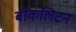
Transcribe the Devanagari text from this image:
बोकलिटन